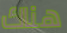
هناك